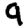
Digit: 9